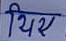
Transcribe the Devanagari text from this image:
थिए